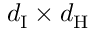
d _ { \mathrm { I } } \times d _ { \mathrm { H } }